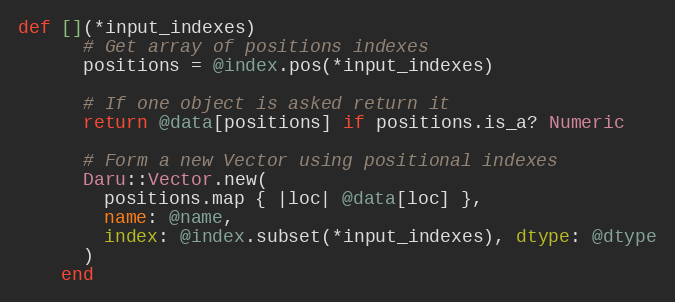
Language: Ruby
def [](*input_indexes)
      # Get array of positions indexes
      positions = @index.pos(*input_indexes)

      # If one object is asked return it
      return @data[positions] if positions.is_a? Numeric

      # Form a new Vector using positional indexes
      Daru::Vector.new(
        positions.map { |loc| @data[loc] },
        name: @name,
        index: @index.subset(*input_indexes), dtype: @dtype
      )
    end